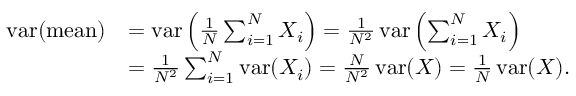
{ \begin{array} { r l } { \operatorname { v a r } ( { \mathrm { m e a n } } ) } & { = \operatorname { v a r } \left( { \frac { 1 } { N } } \sum _ { i = 1 } ^ { N } X _ { i } \right) = { \frac { 1 } { N ^ { 2 } } } \operatorname { v a r } \left( \sum _ { i = 1 } ^ { N } X _ { i } \right) } \\ & { = { \frac { 1 } { N ^ { 2 } } } \sum _ { i = 1 } ^ { N } \operatorname { v a r } ( X _ { i } ) = { \frac { N } { N ^ { 2 } } } \operatorname { v a r } ( X ) = { \frac { 1 } { N } } \operatorname { v a r } ( X ) . } \end{array} }